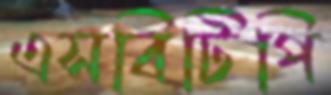
এসবিটিপি